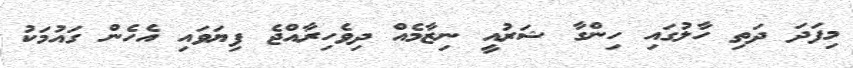
މިފަދަ ދަތި ހާލުގައި ހިންގާ ޝަރުއީ ނިޒާމެއް ދިވެހިރާއްޖެ ފިޔަވައި އެހެން ގައުމަކު